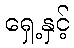
ရှေ့နှင့်